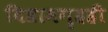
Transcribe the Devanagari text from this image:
विश्रामगृहही